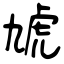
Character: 虓